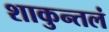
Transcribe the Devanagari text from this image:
शाकुन्तलं